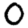
Digit: 0